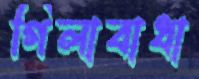
গিলাবাধা